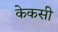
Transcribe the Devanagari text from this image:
केकसी